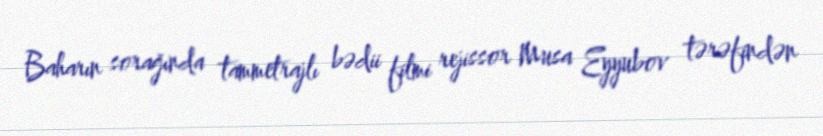
Baharın sorağında tammetrajlı bədii filmi rejissor Musa Eyyubov tərəfindən